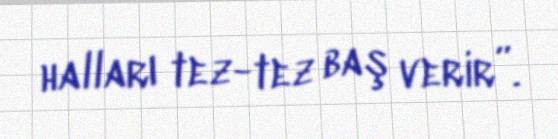
halları tez-tez baş verir”.